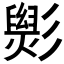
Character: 𢒵